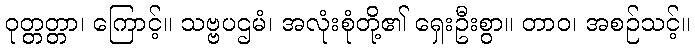
ဝုတ္တတ္တာ၊ ကြောင့်။ သဗ္ဗပဌမံ၊ အလုံးစုံတို့၏ ရှေးဦးစွာ။ တာဝ၊ အစဉ်သင့်။